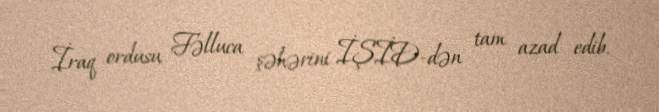
İraq ordusu Fəlluca şəhərini İŞİD-dən tam azad edib.